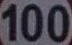
100